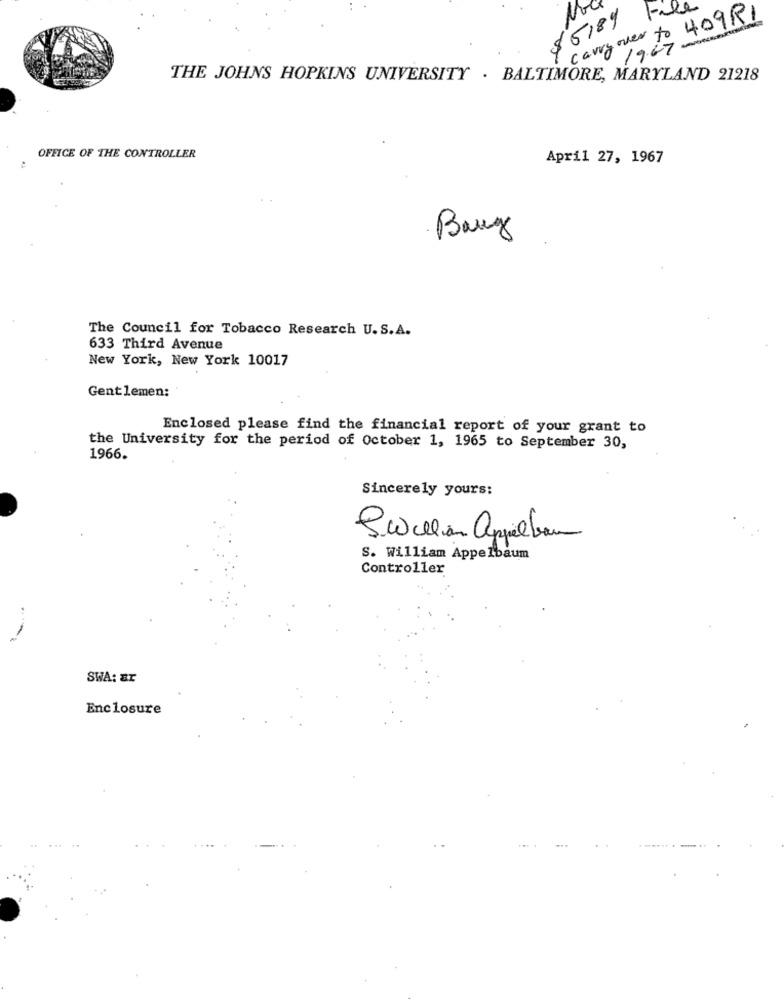
Fil
$ 6189
carry over to 409R1
$ 1967 -
THE JOHNS HOPKINS UNIVERSITY . BALTIMORE, MARYLAND 21218
OFFICE OF THE CONTROLLER
April 27, 1967
Bang
The Council for Tobacco Research U.S.A.
633 Third Avenue
New York, New York 10017
Gentlemen:
Enclosed please find the financial report of your grant to
the University for the period of October 1, 1965 to September 30,
1966.
Sincerely yours:
Swilliam Appelbaum
S. William Appelbaum
Controller
SWA: ar
Enclosure